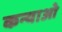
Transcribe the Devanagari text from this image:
कन्याओ